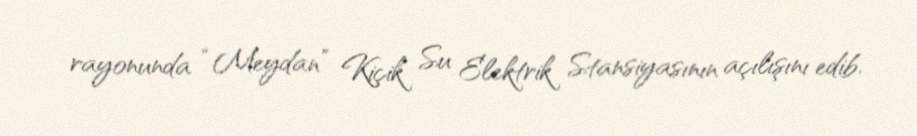
rayonunda “Meydan” Kiçik Su Elektrik Stansiyasının açılışını edib.